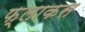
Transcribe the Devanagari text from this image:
फ्लाकस